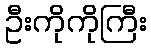
ဦးကိုကိုကြီး